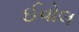
ઈવોલ